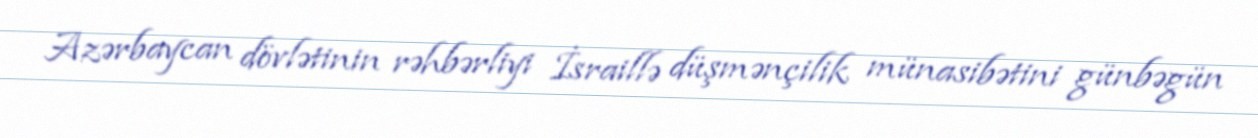
Azərbaycan dövlətinin rəhbərliyi İsraillə düşmənçilik münasibətini günbəgün